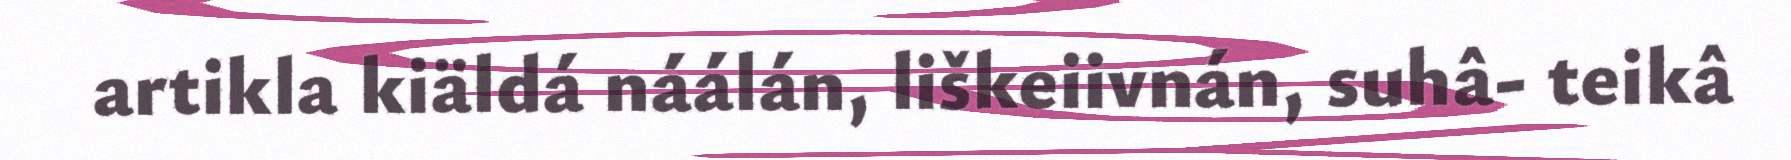
artikla kiäldá náálán, liškeiivnán, suhâ- teikâ